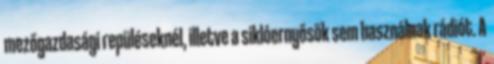
mezőgazdasági repüléseknél, illetve a siklóernyősök sem használnak rádiót. A